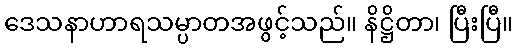
ဒေသနာဟာရသမ္ပာတအဖွင့်သည်။ နိဋ္ဌိတာ၊ ပြီးပြီ။